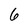
Character: 6